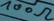
Text: 100Ω